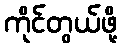
ကိုင်တွယ်ဖို့